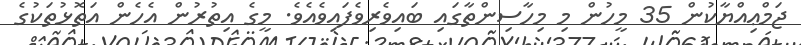
ޖަމްޢިއްޔާކުން 35 މީހުން މި މިހާސިންތާގައި ބައިވެރިވެފައިވެއެވެ. މީގެ އިތުރުން އެހެން އަތޮޅުތަކުގެ